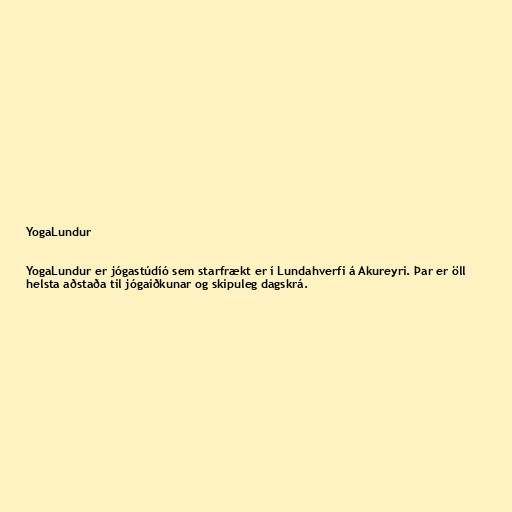
YogaLundur

YogaLundur er jógastúdíó sem starfrækt er í Lundahverfi á Akureyri. Þar er öll
helsta aðstaða til jógaiðkunar og skipuleg dagskrá.